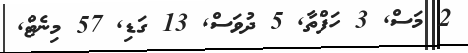
2 މަސް